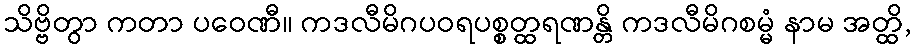
သိဗ္ဗိတွာ ကတာ ပဝေဏီ။ ကဒလီမိဂပဝရပစ္စတ္ထရဏန္တိ ကဒလီမိဂစမ္မံ နာမ အတ္ထိ,